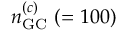
n _ { \mathrm { { G C } } } ^ { ( c ) } ~ ( = 1 0 0 )